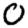
Digit: 0